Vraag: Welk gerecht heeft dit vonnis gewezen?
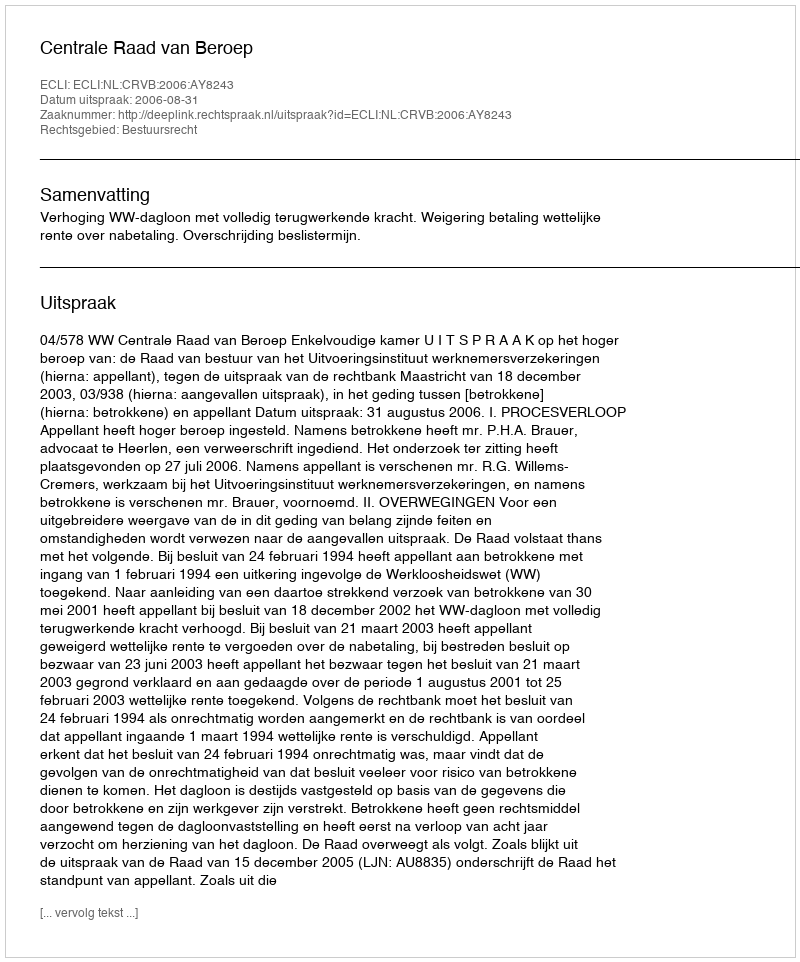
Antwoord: Centrale Raad van Beroep